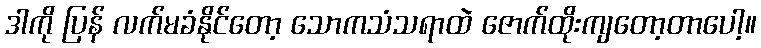
ဒါကို ပြန် လက်မခံနိုင်တော့ သောကသံသရာထဲ ဇောက်ထိုးကျတော့တာပေါ့။